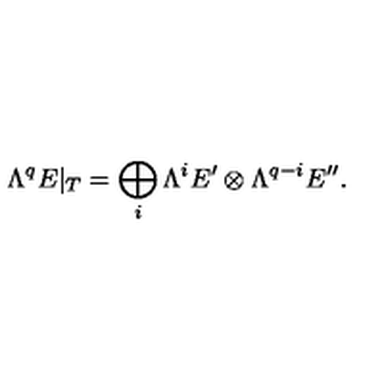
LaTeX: \Lambda ^ { q } E | _ { T } = \bigoplus _ { i } \Lambda ^ { i } E ^ { \prime } \otimes \Lambda ^ { q - i } E ^ { \prime \prime } .